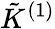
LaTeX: \tilde{K}^{(1)}